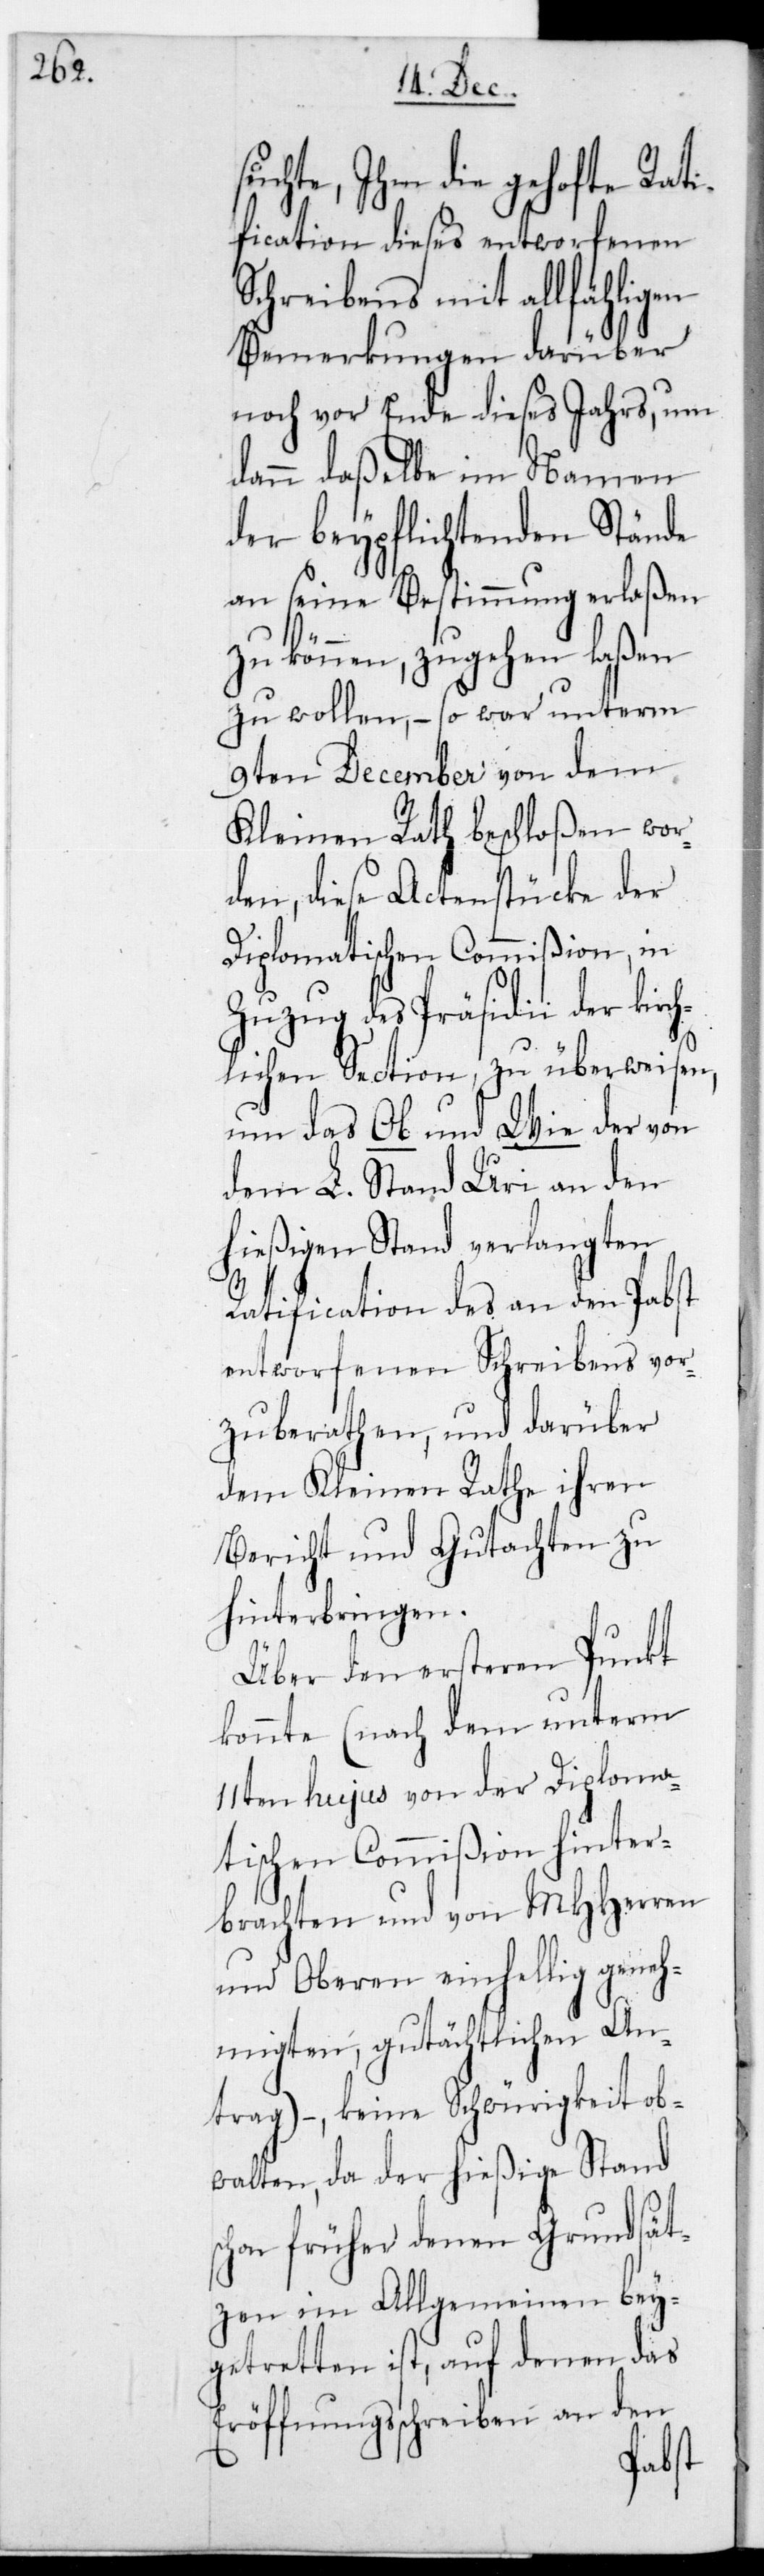
vor¬

suchte, ihm die gehoffte
fication dieses entworfenen
Schreibens mit allfähligen
Bemerkungen darüber
noch vor Ende dieses Jahrs, um
dann daßelbe im Namen
der beypflichtenden Stände
an seine Bestimmung erlaßen
zu können, zugehen laßen
zu wollen, – so war unterm
9ten December von dem
Kleinen Rath beschloßen wor¬
den, diese Actenstücke der
diplomatischen Commißion in
Zuzug des Präsidii der kirc¬
hlichen Section, zu überweisen,
um das Ob und Wie der von
dem L. Stand Uri an den
hießigen Stand verlangten
Ratification des an den Pabst
entworfenen Schreibens
zuberathen, und darüber
dem Kleinen Rathe
Bericht und Gutachten zu
hinterbringen.
Über den ersteren Punkt
konnte (nach dem unterm
11ten hujus von der Diploma¬
tischen Commißion hinter¬
brachten und von MHHerren
und Oberen einhellig geneh¬
migten, gutächtlichen An¬
trag), – keine Schwürigkeit ob¬
walten, da der hießige Stand
schon früher denen Grundsät¬
zen im Allgemeinen bei¬
getretten ist, auf denen das
Eröffnungsschreiben an den
Rati¬